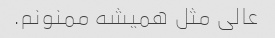
عالی مثل همیشه ممنونم.